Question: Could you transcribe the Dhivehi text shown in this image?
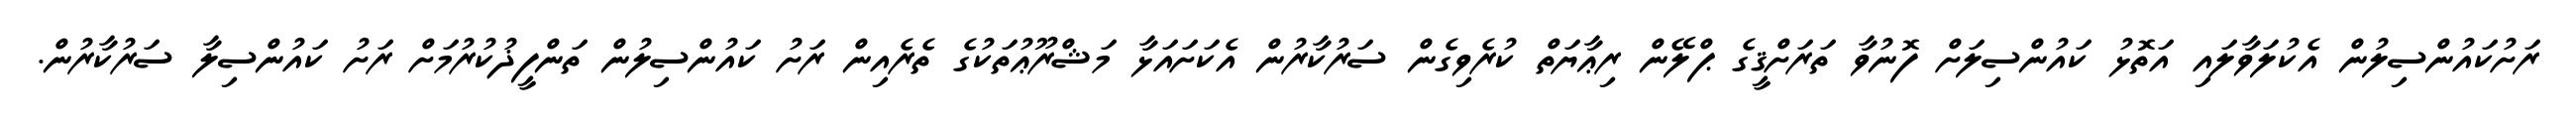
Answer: ރަށުކައުންސިލުން އެކުލަވާލައި އަތޮޅު ކައުންސިލަށް ފޮނުވާ ތަރަށްޤީގެ ޕްލޭން ރިޢާޔަތް ކުރެވިގެން ސަރުކާރުން އެކަށައަޅާ މަޝްރޫޢުތަކުގެ ތެރެއިން ރަށު ކައުންސިލުން ތަންފީޛުކުރުމަށް ރަށު ކައުންސިލާ ސަރުކާރުން.